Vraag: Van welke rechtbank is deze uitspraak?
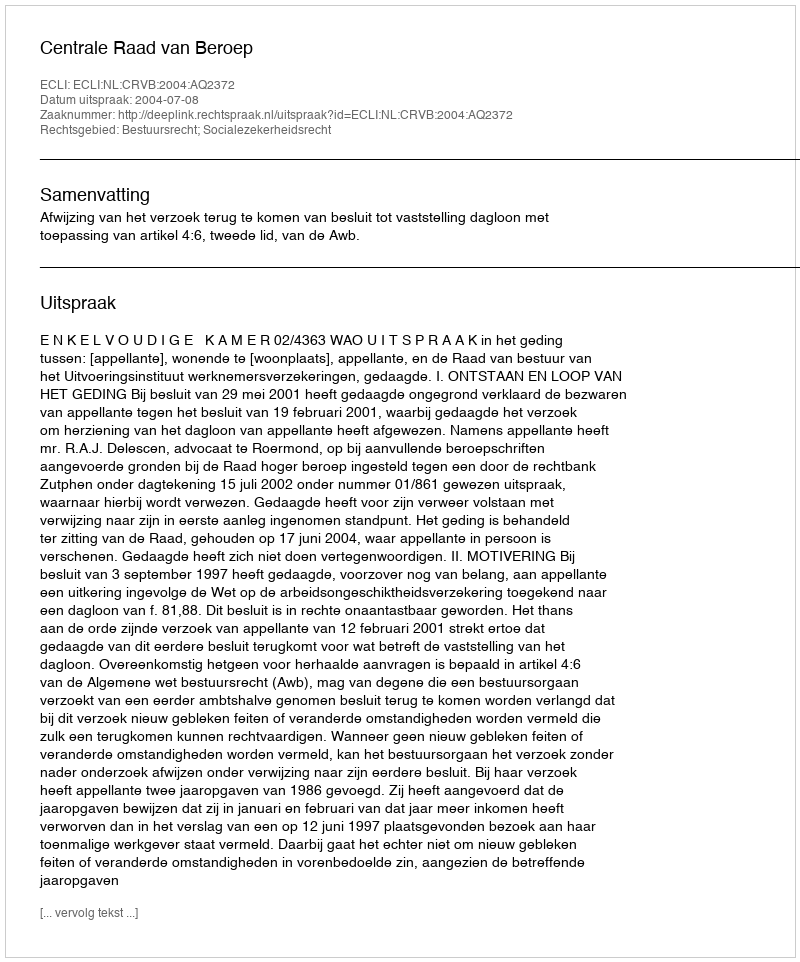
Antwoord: Centrale Raad van Beroep